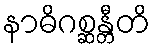
နာဓိဂစ္ဆန္တီတိ